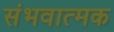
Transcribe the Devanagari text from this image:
संभवात्मक